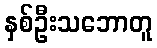
နှစ်ဦးသဘောတူ